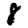
Digit: 8